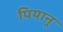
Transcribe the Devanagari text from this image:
पियानू